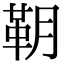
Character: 䩗